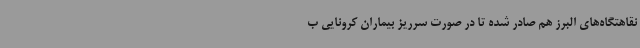
نقاهتگاه‌های البرز هم صادر شده تا در صورت سرریز بیماران کرونایی ب